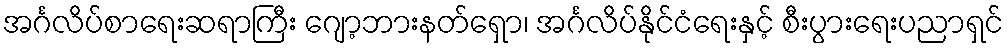
အင်္ဂလိပ်စာရေးဆရာကြီး ဂျော့ဘားနတ်ရှော၊ အင်္ဂလိပ်နိုင်ငံရေးနှင့် စီးပွားရေးပညာရှင်